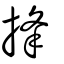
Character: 捀